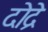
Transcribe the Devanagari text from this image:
दोद्रे